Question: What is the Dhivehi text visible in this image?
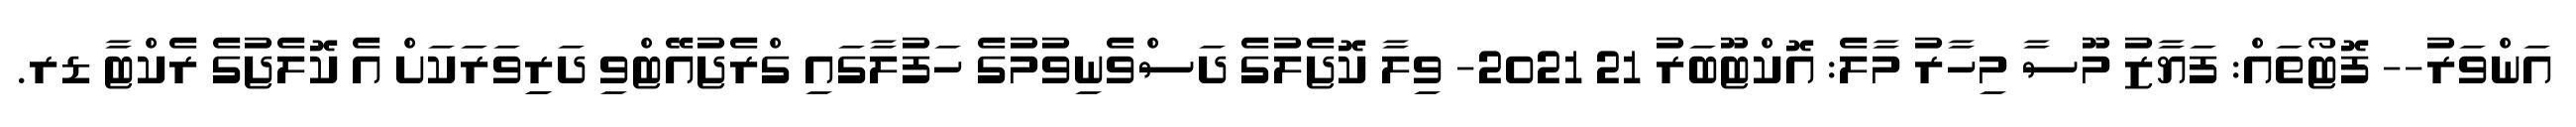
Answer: އަންވަރު-- ފޮޓޯތައް: ފަޔާޒު މޫސާ މިހާރު މާލެ: އޮކްޓޫބަރު 21 2021- ވިލާ ކޮޖެލުގެ ދަސްވެނިވުމުގެ ހަފުލާގައި ގްރެޖުއޭޓްވި ދަރިިވަރަކަށް އެ ކޮލެޖުގެ ރެކްޓާ ޑރ.